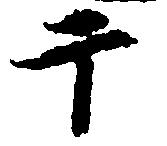
于